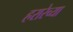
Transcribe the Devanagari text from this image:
हरारेच्या